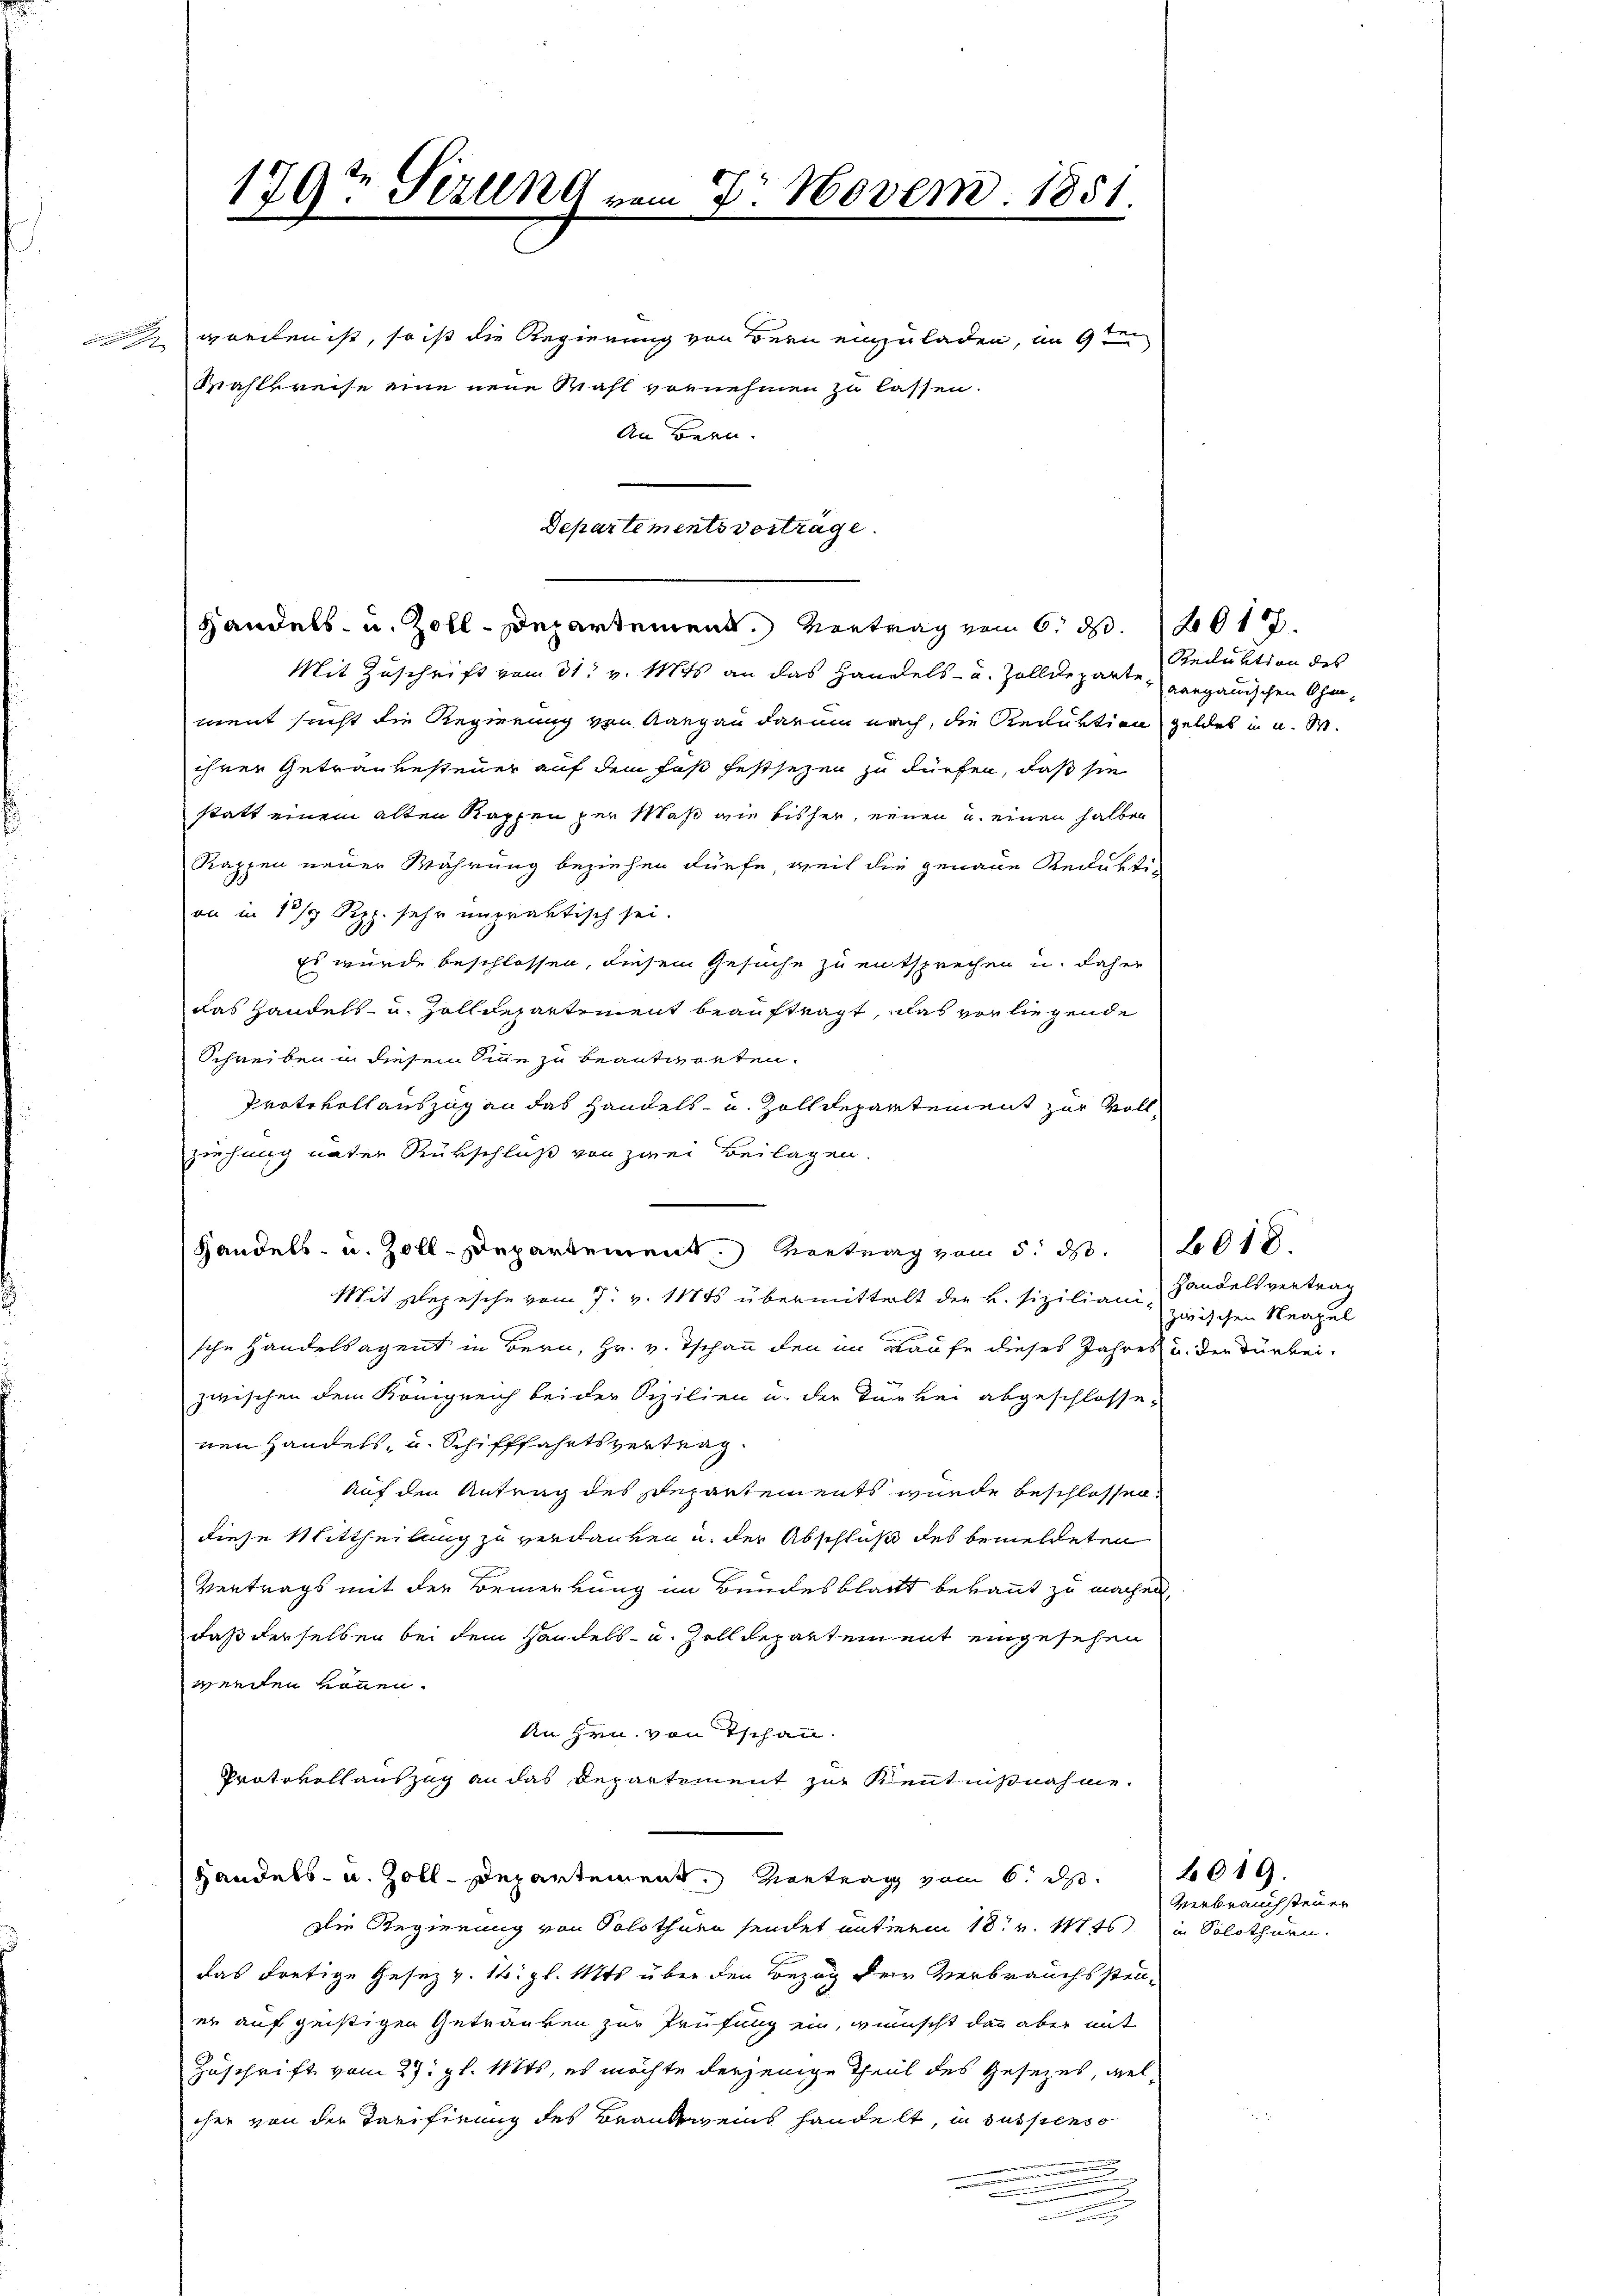
179t Sizung vom Dr. Novem. 1851.

worden ist, so ist die Regierung von dern einzuladen, im 9t

Wahlkreise eine neue Wahl vornehmen zu lassen.
An Bern.

Departementsvorträge.
Handels- u. Zoll-Departement. Vortrag vom 6. d. 201.

Mit Zuschrift vom 31. v. Mts. an das Handels- u. Zolldeparte vergauischen Ohrment sucht die Regierung von Aargau darum nach, die Reduktion geldet in u. W.
ihrer Getraubesteuer auf dem Faß festsezen zu dürfen, daß sie
statt einem alten Kappen per Maß wie bisher, einen u. einen halben
Rappen neuer Währung beziehen dürfe, weil die genaue Redukti-
an in 13/4 Rpp. sehr unpraktisch sei.
Es wurde beschlossen, diesem Gesuche zu entsprechen u. daher
das Handels- u. Zolldepartement beauftragt, was vor liegende
Schreiben in diesem Sinne zu beantworten.
Protokollauszug an das Handels- u. Zolldepartement zur Vollziehung unter Rükschluß von zwei Beilagen.
Handels- u. Zoll-Departement. Vertrag vom 5. ds.
Mit Depesche vom 7. v. Mts übermittelt die k. sizilianische Handelsagent in Bern, Hr. v. Tschan den im Kaufe dieses Jahres u. der Turbeizwischen dem Königreich beider Sizilien u. der Türkei abgeschlossenen Handels- u. Schifffahrtsvertrag.
Auf den Antrag des Repartements wurde beschlossen.
diese Mittheilung zu verdanken u. der Abschluß des bemeldeten
Vertrags mit der Bemerkung im Bundesblatt bekannt zu machen,
daß derselben bei dem Handels- u. Zolldepartem mit eingesehen
wreden können.
An Hrn. von Tschau.
Protokollauszug an das Departement zur Kenntnißnahme.
Handels- u. Zoll-Departement. Kontrag vom 6. d. 1019.
Die Regierung von Solothurn sendet unterm 18t v. Mts. in Solothurn.
das dortige Gesetz v. 16. gl. Mts über den Bezug der Verbrauchssteuer auf geistigen Getränken zur Prüfung ein, wünscht dann aber mit
Zuschrift vom 27. gl. Mts., es möchte derjenige Theil des Gesezes, wel
cher von der Tarifirung des Brandweins handelt, in suspenso
.

Reduktion des

Handelsvertrag
zwischen Neapel

6018.

verbrauchsteuer